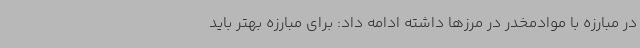
در مبارزه با موادمخدر در مرزها داشته ادامه داد: برای مبارزه بهتر باید